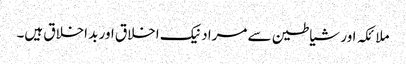
ملائکہ اور شیاطین سے مراد نیک اخلاق اور بد اخلاق ہیں۔